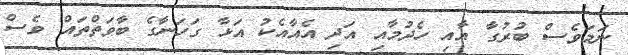
ނަމަވެސް ބުރުގާ އާއި ހެދުމާއި އަދި އެއާއެކު އަޅާ ގަހަނާގެ ބާވަތްތައް ވެސް